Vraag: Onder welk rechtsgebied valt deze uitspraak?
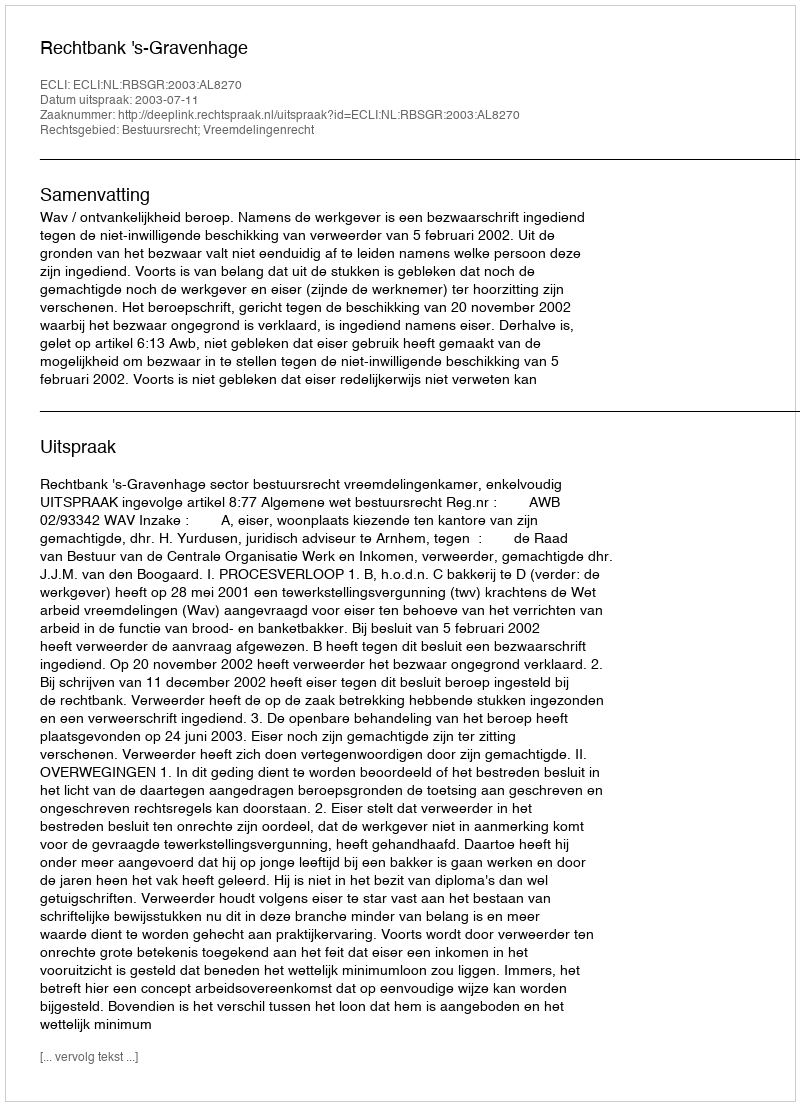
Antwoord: Bestuursrecht; Vreemdelingenrecht